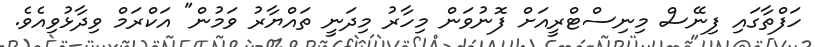
ހަފްތާގައި ފިނޭސް މިނިސްޓްރީއަށް ފޮނުވަން މިހާރު މިދަނީ ތައްޔާރު ވަމުން" އަކްރަމް ވިދާޅުވިއެވެ.